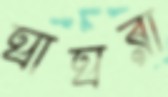
ঘাঘরা